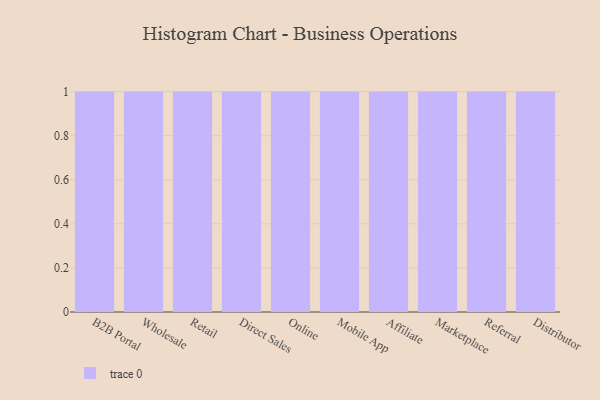
{"axis": {"x": "Channel", "y": "Headcount"}, "legend": [""], "data": [{"x": "B2B Portal", "y": 27, "type": ""}, {"x": "Wholesale", "y": 19, "type": ""}, {"x": "Retail", "y": 77, "type": ""}, {"x": "Direct Sales", "y": 53, "type": ""}, {"x": "Online", "y": 44, "type": ""}, {"x": "Mobile App", "y": 44, "type": ""}, {"x": "Affiliate", "y": 19, "type": ""}, {"x": "Marketplace", "y": 73, "type": ""}, {"x": "Referral", "y": 42, "type": ""}, {"x": "Distributor", "y": 53, "type": ""}]}